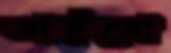
তাইতো